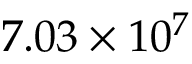
7 . 0 3 \times 1 0 ^ { 7 }